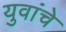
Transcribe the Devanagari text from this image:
युवांचे